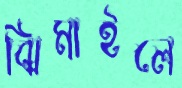
ঝিমাইলে